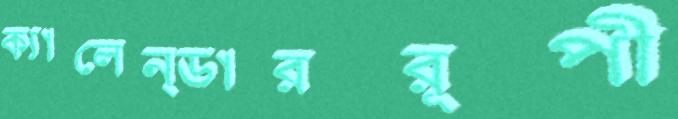
ক্যালেন্ডাররূপী